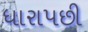
ધારાપછી